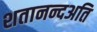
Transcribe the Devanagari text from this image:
शतानन्दअति